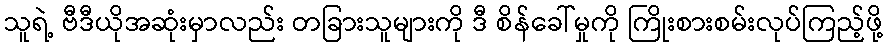
သူရဲ့ ဗီဒီယိုအဆုံးမှာလည်း တခြားသူများကို ဒီ စိန်ခေါ်မှုကို ကြိုးစားစမ်းလုပ်ကြည့်ဖို့